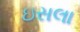
ઇસલા